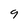
Character: 9